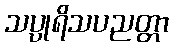
သပ္ပုရိသပညတ္တာ